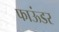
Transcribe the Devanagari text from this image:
फाऊंडर